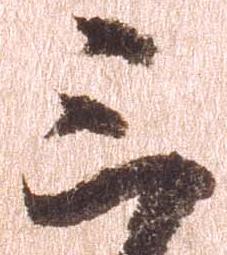
三